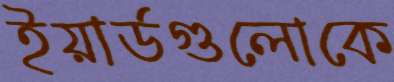
ইয়ার্ডগুলোকে